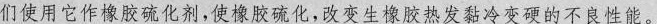
们使用它作橡胶硫化剂，使橡胶硫化，改变生橡胶热发黏冷变硬的不良性能。